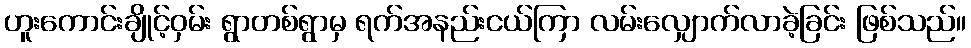
ဟူးကောင်းချိုင့်ဝှမ်း ရွာတစ်ရွာမှ ရက်အနည်းငယ်ကြာ လမ်းလျှောက်လာခဲ့ခြင်း ဖြစ်သည်။